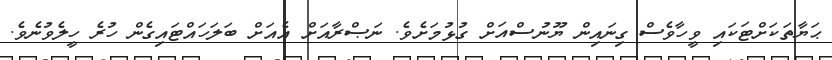
ޙަޔާތަކަށްޓަކައި ވީހާވެސް ގިނައިން ޔޫނުސްއަށް ގުޅުމަށެވެ. ނަޞްރާއަށް އެއަށް ބަލަހައްޓައިގެން ހުރެ ހީލެވުނެވެ.